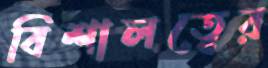
বিশালত্বের